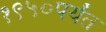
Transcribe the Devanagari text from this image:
१९५०पर्यंत